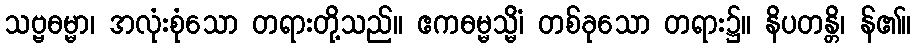
သဗ္ဗဓမ္မာ၊ အလုံးစုံသော တရားတို့သည်။ ဧကဓမ္မသ္မိံ၊ တစ်ခုသော တရား၌။ နိပတန္တိ၊ န်၏။